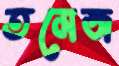
তমেজ